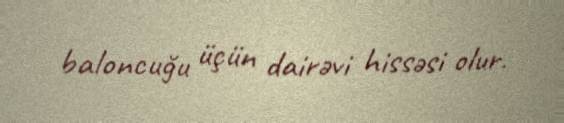
baloncuğu üçün dairəvi hissəsi olur.